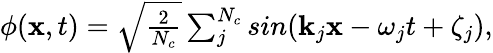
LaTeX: \begin{array}{r}{\phi(\mathbf{x},t)=\sqrt{\frac{2}{N_{c}}}\sum_{j}^{N_{c}}sin(\mathbf{k}_{j}\mathbf{x}-\omega_{j}t+\zeta_{j}),}\end{array}